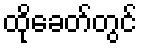
ထိုခေတ်တွင်